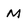
Character: M